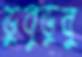
ডুবুডুবু